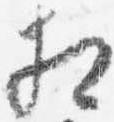
相